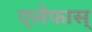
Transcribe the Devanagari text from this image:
एलेफास्